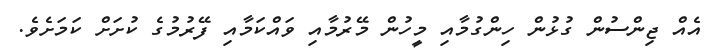
އެއް ޖިންސުން ގުޅުން ހިންގުމާއި މީހުން މޭރުމާއި ވައްކަމާއި ފޭރުމުގެ ކުށަށް ކަމަށެވެ.